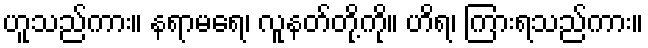
ဟူသည်ကား။ နရာမရေ၊ လူနတ်တို့ကို။ ဟိရ၊ ကြားရသည်ကား။